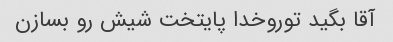
آقا بگید توروخدا پایتخت شیش رو بسازن